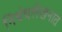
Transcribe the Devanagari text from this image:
निबंधलेखनात